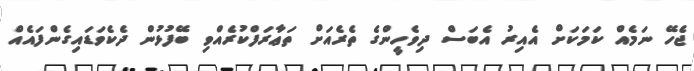
ޖެހޭ ނަމެއް ކަމަކަށް އެއިރު އެބަސް ދިވެހީންގެ ތެރެއަށް ތަޢާރަފްކުރެއްވި ބޭފުޅުން ދެކެވަޑައިގެންފައެއް